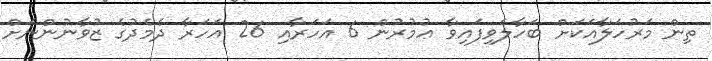
ތިން މަރުހަލާއަކަށް ބަހާލެވިފައިވާ ޢުމުރުން 6 އަހަރާއި 26 އަހަރާ ދެމެދުގެ ޒުވާނުންނަށް